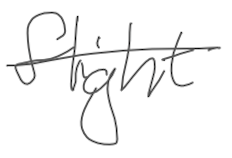
Text: flight
Cross-out: single-line
Writing tool: digital_gray